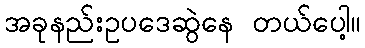
အခုနည်းဥပဒေဆွဲနေ တယ်ပေါ့။